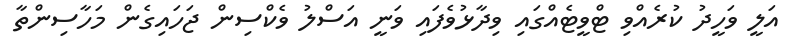
އަލީ ވަހީދު ކުރެއްވި ޓްވީޓެއްގައި ވިދާޅުވެފައި ވަނީ އަސްލު ވެކްސިން ޖަހައިގެން މަހާސިންތާ